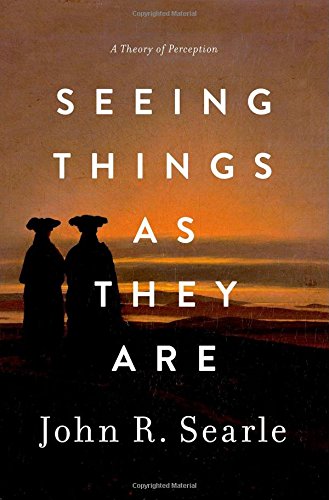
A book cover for Seeing Things as They Are: A Theory of Perception; John R. Searle; Politics & Social Sciences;